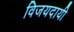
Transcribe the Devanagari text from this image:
विजयदायी